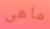
ماهى